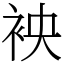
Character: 䘧